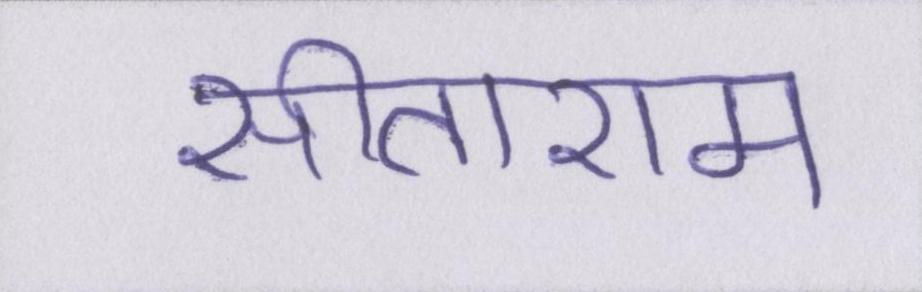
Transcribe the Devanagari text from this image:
सीताराम